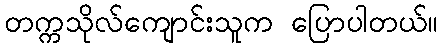
တက္ကသိုလ်ကျောင်းသူက ပြောပါတယ်။